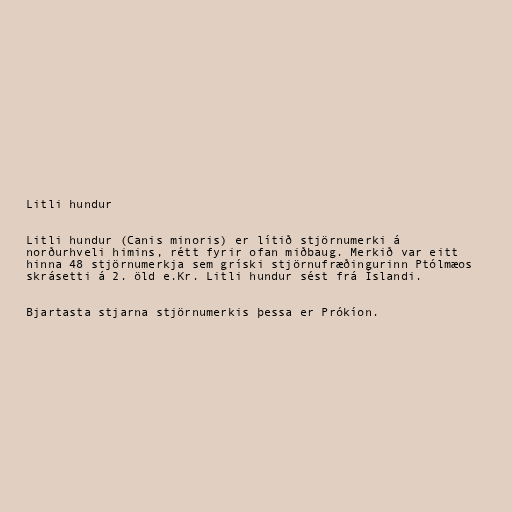
Litli hundur

Litli hundur (Canis minoris) er lítið stjörnumerki á
norðurhveli himins, rétt fyrir ofan miðbaug. Merkið var eitt
hinna 48 stjörnumerkja sem gríski stjörnufræðingurinn Ptólmæos
skrásetti á 2. öld e.Kr. Litli hundur sést frá Íslandi.

Bjartasta stjarna stjörnumerkis þessa er Prókíon.